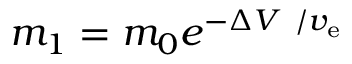
m _ { 1 } = m _ { 0 } e ^ { - \Delta V \ / v _ { \mathrm { e } } }